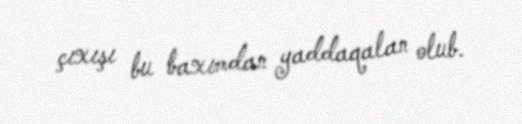
çıxışı bu baxımdan yaddaqalan olub.